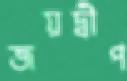
জয়দ্বীপ